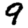
Digit: 9